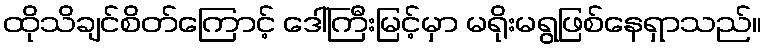
ထိုသိချင်စိတ်ကြောင့် ဒေါ်ကြီးမြင့်မှာ မရိုးမရွဖြစ်နေရှာသည်။